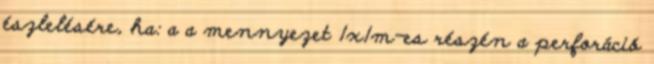
észlelésére, ha: a a mennyezet 1x1m-es részén a perforáció